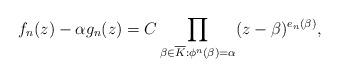
LaTeX: \begin{align*} f_n(z) - \alpha g_n(z) = C \prod_{\beta \in \overline{K} : \phi^n(\beta) = \alpha} (z - \beta)^{e_{n}(\beta)},\end{align*}